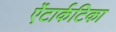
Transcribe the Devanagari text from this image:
ऐंटार्कटिका